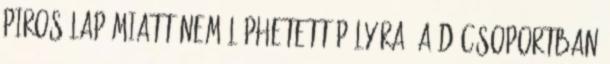
piros lap miatt nem léphetett pályára. A D csoportban